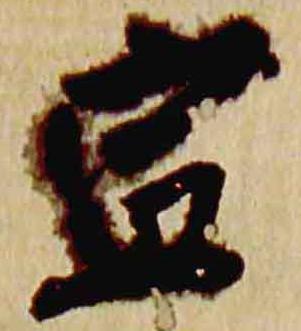
宣